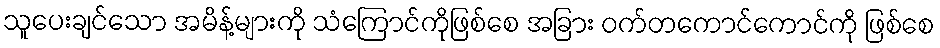
သူပေးချင်သော အမိန့်များကို သံကြောင်ကိုဖြစ်စေ အခြား ဝက်တကောင်ကောင်ကို ဖြစ်စေ